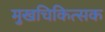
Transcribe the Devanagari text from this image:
मुखचिकित्सक